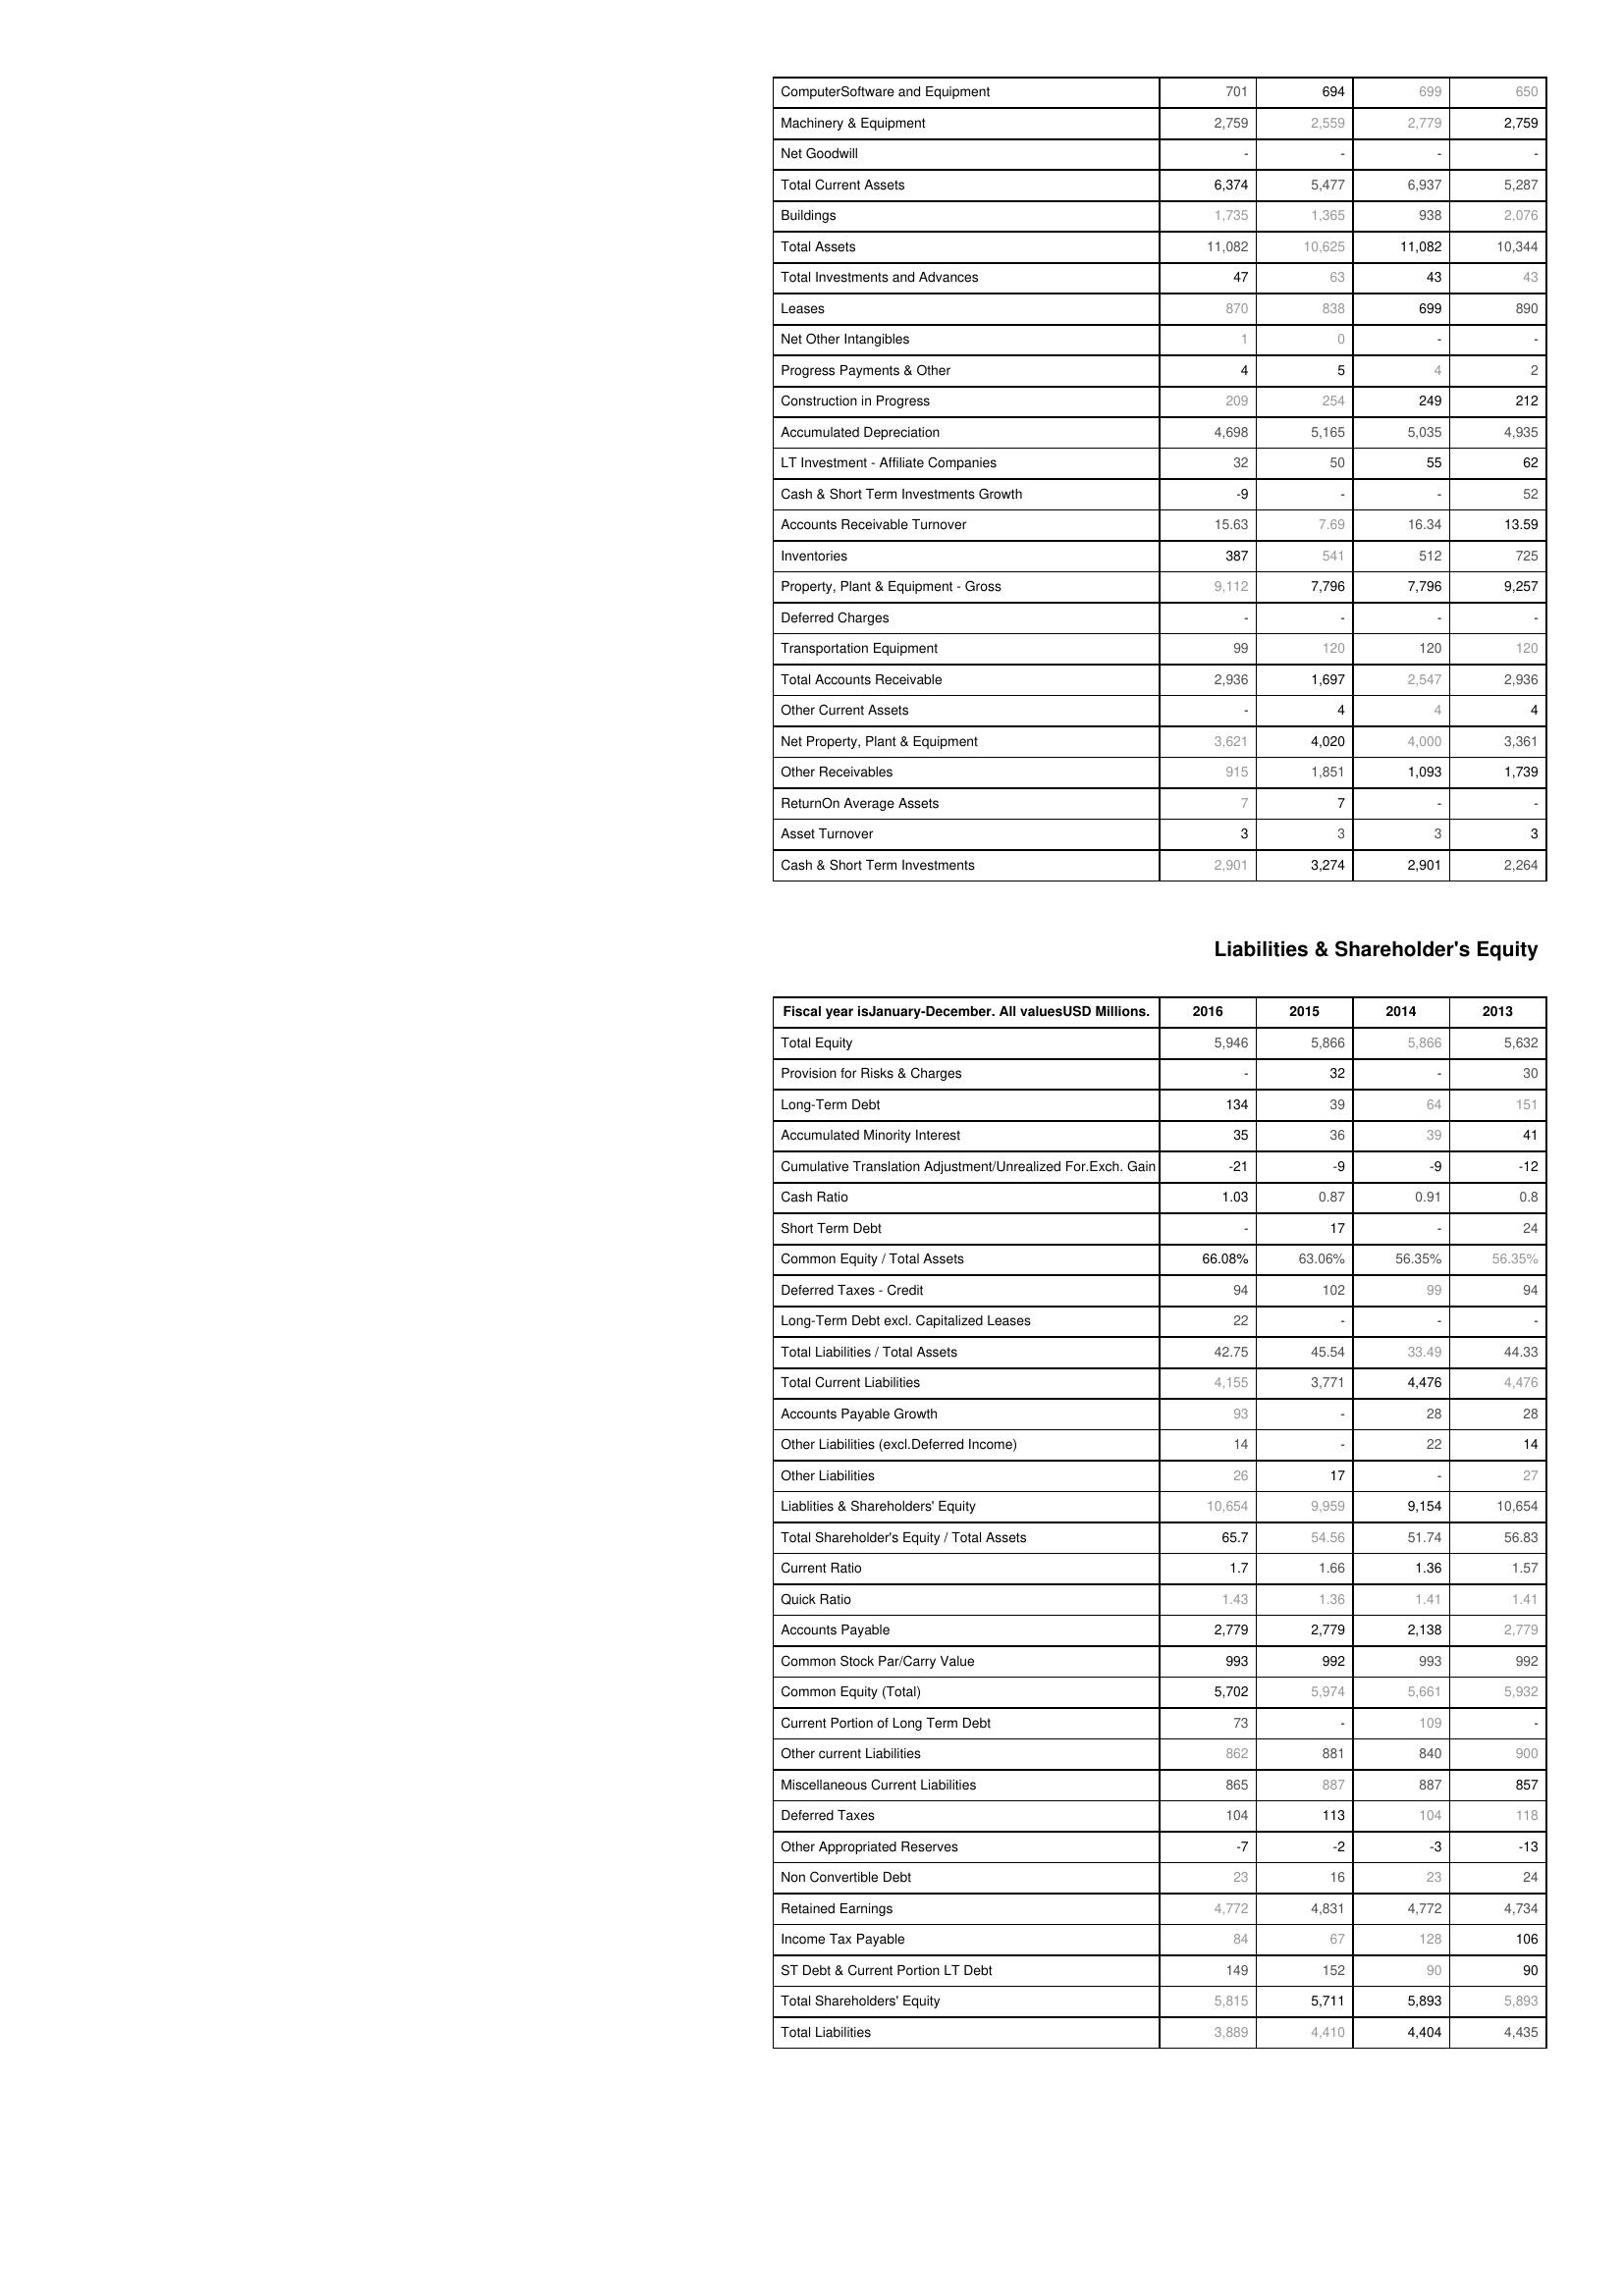
2016: Assets: ComputerSoftware and Equipment: 701
Machinery & Equipment: 2,759
Net Goodwill: -
Total Current Assets: 6,374
Buildings: 1,735
Total Assets: 11,082
Total Investments and Advances: 47
Leases: 870
Net Other Intangibles: 1
Progress Payments & Other: 4
Construction in Progress: 209
Accumulated Depreciation: 4,698
LT Investment - Affiliate Companies: 32
Cash & Short Term Investments Growth: -9
Accounts Receivable Turnover: 15.63
Inventories: 387
Property, Plant & Equipment - Gross : 9,112
Deferred Charges: -
Transportation Equipment: 99
Total Accounts Receivable: 2,936
Other Current Assets: -
Net Property, Plant & Equipment: 3,621
Other Receivables: 915
ReturnOn Average Assets: 7
Asset Turnover: 3
Cash & Short Term Investments: 2,901
Liabilities & Shareholder's Equity: Total Equity: 5,946
Provision for Risks & Charges: -
Long-Term Debt: 134
Accumulated Minority Interest: 35
Cumulative Translation Adjustment/Unrealized For.Exch. Gain: -21
Cash Ratio: 1.03
Short Term Debt: -
Common Equity / Total Assets: 66.08%
Deferred Taxes - Credit: 94
Long-Term Debt excl. Capitalized Leases: 22
Total Liabilities / Total Assets: 42.75
Total Current Liabilities: 4,155
Accounts Payable Growth: 93
Other Liabilities (excl.Deferred Income): 14
Other Liabilities: 26
Liablities & Shareholders' Equity: 10,654
Total Shareholder's Equity / Total Assets: 65.7
Current Ratio: 1.7
Quick Ratio: 1.43
Accounts Payable: 2,779
Common Stock Par/Carry Value: 993
Common Equity (Total): 5,702
Current Portion of Long Term Debt: 73
Other current Liabilities: 862
Miscellaneous Current Liabilities: 865
Deferred Taxes: 104
Other Appropriated Reserves: -7
Non Convertible Debt: 23
Retained Earnings: 4,772
Income Tax Payable: 84
ST Debt & Current Portion LT Debt: 149
Total Shareholders' Equity: 5,815
Total Liabilities: 3,889
2015: Assets: ComputerSoftware and Equipment: 694
Machinery & Equipment: 2,559
Net Goodwill: -
Total Current Assets: 5,477
Buildings: 1,365
Total Assets: 10,625
Total Investments and Advances: 63
Leases: 838
Net Other Intangibles: 0
Progress Payments & Other: 5
Construction in Progress: 254
Accumulated Depreciation: 5,165
LT Investment - Affiliate Companies: 50
Cash & Short Term Investments Growth: -
Accounts Receivable Turnover: 7.69
Inventories: 541
Property, Plant & Equipment - Gross : 7,796
Deferred Charges: -
Transportation Equipment: 120
Total Accounts Receivable: 1,697
Other Current Assets: 4
Net Property, Plant & Equipment: 4,020
Other Receivables: 1,851
ReturnOn Average Assets: 7
Asset Turnover: 3
Cash & Short Term Investments: 3,274
Liabilities & Shareholder's Equity: Total Equity: 5,866
Provision for Risks & Charges: 32
Long-Term Debt: 39
Accumulated Minority Interest: 36
Cumulative Translation Adjustment/Unrealized For.Exch. Gain: -9
Cash Ratio: 0.87
Short Term Debt: 17
Common Equity / Total Assets: 63.06%
Deferred Taxes - Credit: 102
Long-Term Debt excl. Capitalized Leases: -
Total Liabilities / Total Assets: 45.54
Total Current Liabilities: 3,771
Accounts Payable Growth: -
Other Liabilities (excl.Deferred Income): -
Other Liabilities: 17
Liablities & Shareholders' Equity: 9,959
Total Shareholder's Equity / Total Assets: 54.56
Current Ratio: 1.66
Quick Ratio: 1.36
Accounts Payable: 2,779
Common Stock Par/Carry Value: 992
Common Equity (Total): 5,974
Current Portion of Long Term Debt: -
Other current Liabilities: 881
Miscellaneous Current Liabilities: 887
Deferred Taxes: 113
Other Appropriated Reserves: -2
Non Convertible Debt: 16
Retained Earnings: 4,831
Income Tax Payable: 67
ST Debt & Current Portion LT Debt: 152
Total Shareholders' Equity: 5,711
Total Liabilities: 4,410
2014: Assets: ComputerSoftware and Equipment: 699
Machinery & Equipment: 2,779
Net Goodwill: -
Total Current Assets: 6,937
Buildings: 938
Total Assets: 11,082
Total Investments and Advances: 43
Leases: 699
Net Other Intangibles: -
Progress Payments & Other: 4
Construction in Progress: 249
Accumulated Depreciation: 5,035
LT Investment - Affiliate Companies: 55
Cash & Short Term Investments Growth: -
Accounts Receivable Turnover: 16.34
Inventories: 512
Property, Plant & Equipment - Gross : 7,796
Deferred Charges: -
Transportation Equipment: 120
Total Accounts Receivable: 2,547
Other Current Assets: 4
Net Property, Plant & Equipment: 4,000
Other Receivables: 1,093
ReturnOn Average Assets: -
Asset Turnover: 3
Cash & Short Term Investments: 2,901
Liabilities & Shareholder's Equity: Total Equity: 5,866
Provision for Risks & Charges: -
Long-Term Debt: 64
Accumulated Minority Interest: 39
Cumulative Translation Adjustment/Unrealized For.Exch. Gain: -9
Cash Ratio: 0.91
Short Term Debt: -
Common Equity / Total Assets: 56.35%
Deferred Taxes - Credit: 99
Long-Term Debt excl. Capitalized Leases: -
Total Liabilities / Total Assets: 33.49
Total Current Liabilities: 4,476
Accounts Payable Growth: 28
Other Liabilities (excl.Deferred Income): 22
Other Liabilities: -
Liablities & Shareholders' Equity: 9,154
Total Shareholder's Equity / Total Assets: 51.74
Current Ratio: 1.36
Quick Ratio: 1.41
Accounts Payable: 2,138
Common Stock Par/Carry Value: 993
Common Equity (Total): 5,661
Current Portion of Long Term Debt: 109
Other current Liabilities: 840
Miscellaneous Current Liabilities: 887
Deferred Taxes: 104
Other Appropriated Reserves: -3
Non Convertible Debt: 23
Retained Earnings: 4,772
Income Tax Payable: 128
ST Debt & Current Portion LT Debt: 90
Total Shareholders' Equity: 5,893
Total Liabilities: 4,404
2013: Assets: ComputerSoftware and Equipment: 650
Machinery & Equipment: 2,759
Net Goodwill: -
Total Current Assets: 5,287
Buildings: 2,076
Total Assets: 10,344
Total Investments and Advances: 43
Leases: 890
Net Other Intangibles: -
Progress Payments & Other: 2
Construction in Progress: 212
Accumulated Depreciation: 4,935
LT Investment - Affiliate Companies: 62
Cash & Short Term Investments Growth: 52
Accounts Receivable Turnover: 13.59
Inventories: 725
Property, Plant & Equipment - Gross : 9,257
Deferred Charges: -
Transportation Equipment: 120
Total Accounts Receivable: 2,936
Other Current Assets: 4
Net Property, Plant & Equipment: 3,361
Other Receivables: 1,739
ReturnOn Average Assets: -
Asset Turnover: 3
Cash & Short Term Investments: 2,264
Liabilities & Shareholder's Equity: Total Equity: 5,632
Provision for Risks & Charges: 30
Long-Term Debt: 151
Accumulated Minority Interest: 41
Cumulative Translation Adjustment/Unrealized For.Exch. Gain: -12
Cash Ratio: 0.8
Short Term Debt: 24
Common Equity / Total Assets: 56.35%
Deferred Taxes - Credit: 94
Long-Term Debt excl. Capitalized Leases: -
Total Liabilities / Total Assets: 44.33
Total Current Liabilities: 4,476
Accounts Payable Growth: 28
Other Liabilities (excl.Deferred Income): 14
Other Liabilities: 27
Liablities & Shareholders' Equity: 10,654
Total Shareholder's Equity / Total Assets: 56.83
Current Ratio: 1.57
Quick Ratio: 1.41
Accounts Payable: 2,779
Common Stock Par/Carry Value: 992
Common Equity (Total): 5,932
Current Portion of Long Term Debt: -
Other current Liabilities: 900
Miscellaneous Current Liabilities: 857
Deferred Taxes: 118
Other Appropriated Reserves: -13
Non Convertible Debt: 24
Retained Earnings: 4,734
Income Tax Payable: 106
ST Debt & Current Portion LT Debt: 90
Total Shareholders' Equity: 5,893
Total Liabilities: 4,435